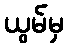
ယွမ်မှ